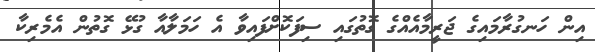
އިން ހަނގުރާމައިގެ ޖަރީމާއެއްގެ ގޮތުގައި ސިފަކޮށްފައިވާ އެ ހަމަލާއާ ގުޅޭ ގޮތުން އެމެރިކާ